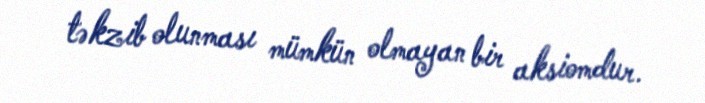
təkzib olunması mümkün olmayan bir aksiomdur.